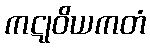
ကဋုဝိယကတံ